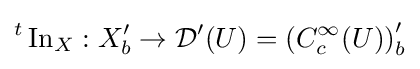
{}^{t}\operatorname {In} _{X}:X'_{b}\to {\mathcal {D}}'(U)=\left(C_{c}^{\infty }(U)\right)'_{b}